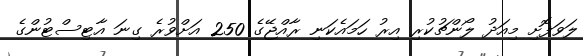
ލަވަފޮށި މިއަދު ލޯންޗުކުރި އިރު ހަމައެކަނި ރާއްޖޭގެ 250 އަށްވުރެ ގިނަ އާޓިސްޓުންގެ